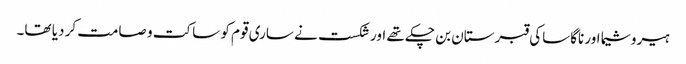
ہیروشیما اور ناگاساکی قبرستان بن چکے تھے اور شکست نے ساری قوم کو ساکت و صامت کر دیا تھا۔